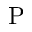
\mathrm { P }